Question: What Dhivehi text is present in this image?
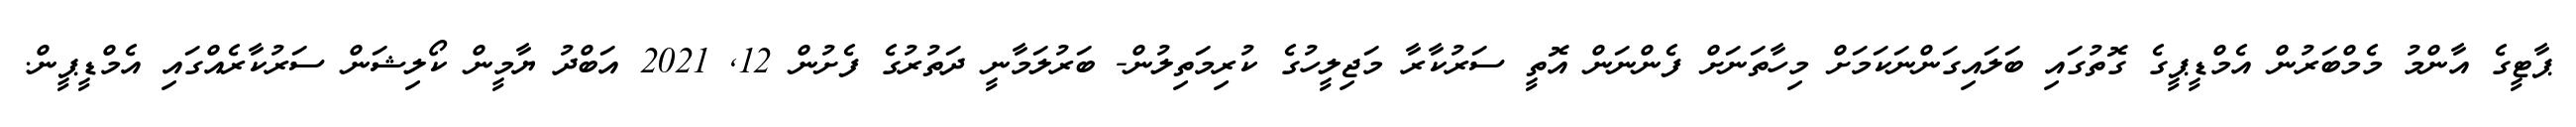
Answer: ޕާޓީގެ އާންމު މެމްބަރުން އެމްޑީޕީގެ ގޮތުގައި ބަލައިގަންނަކަމަށް މިހާތަނަށް ފެންނަން އޮތީ ސަރުކާރާ މަޖިލީހުގެ ކުރިމަތިލުން- ބަރުލަމާނީ ދަތުރުގެ ފެށުން 12, 2021 އަބްދު ޔާމީން ކޯލިޝަން ސަރުކާރެއްގައި އެމްޑީޕީން.